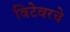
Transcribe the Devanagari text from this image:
विटेवरचे